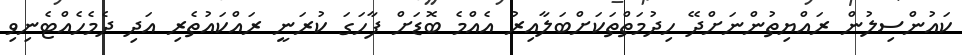
ކައުންސިލުން ރައްޔިތުންނަށްދޭ ހިދުމަތްތަކަށްބަލާއިރު އެއްމެ ބޮޑަށް ފާހަގަ ކުރަނީ ރައްކައުތެރި އަދި ދެމެހެއްޓެނިވި